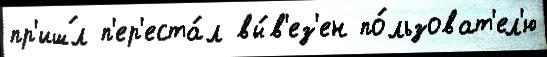
пр'иш́л п'ер'еста́л вы́в'ез'ен по́льзоват'ел'ю